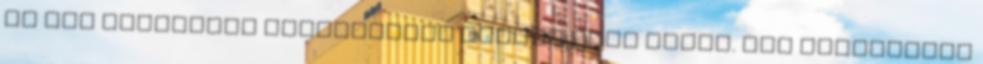
és nem juttatják koldusbotra azokat akik adják. Egy pillanatig